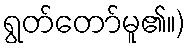
ရွတ်တော်မူ၏။)